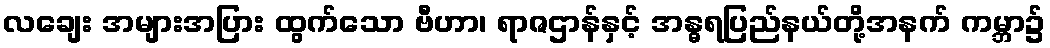
လချေး အများအပြား ထွက်သော ဗီဟာ၊ ရာဇဌာန်နှင့် အန္ဓရပြည်နယ်တို့အနက် ကမ္ဘာ၌